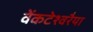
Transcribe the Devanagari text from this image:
वेंकटेश्वरैया